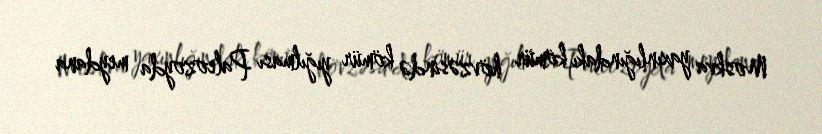
Moskva yaxınlığındakı kömür hövzəsində kömür yığılması Paleozoyda meydana